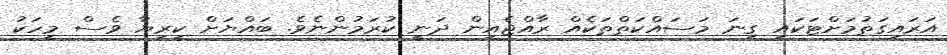
އަރައިގަތުމަށްޓަކައި ގިނަ މަސައްކަތްތަކެއް ރާއްޖެއިން ދަނީ ކުރަމުންނެވެ. ބައްޔަށް ކިރިޔާ ވެސް މީހަކު